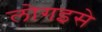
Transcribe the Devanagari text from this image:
लोगइसे